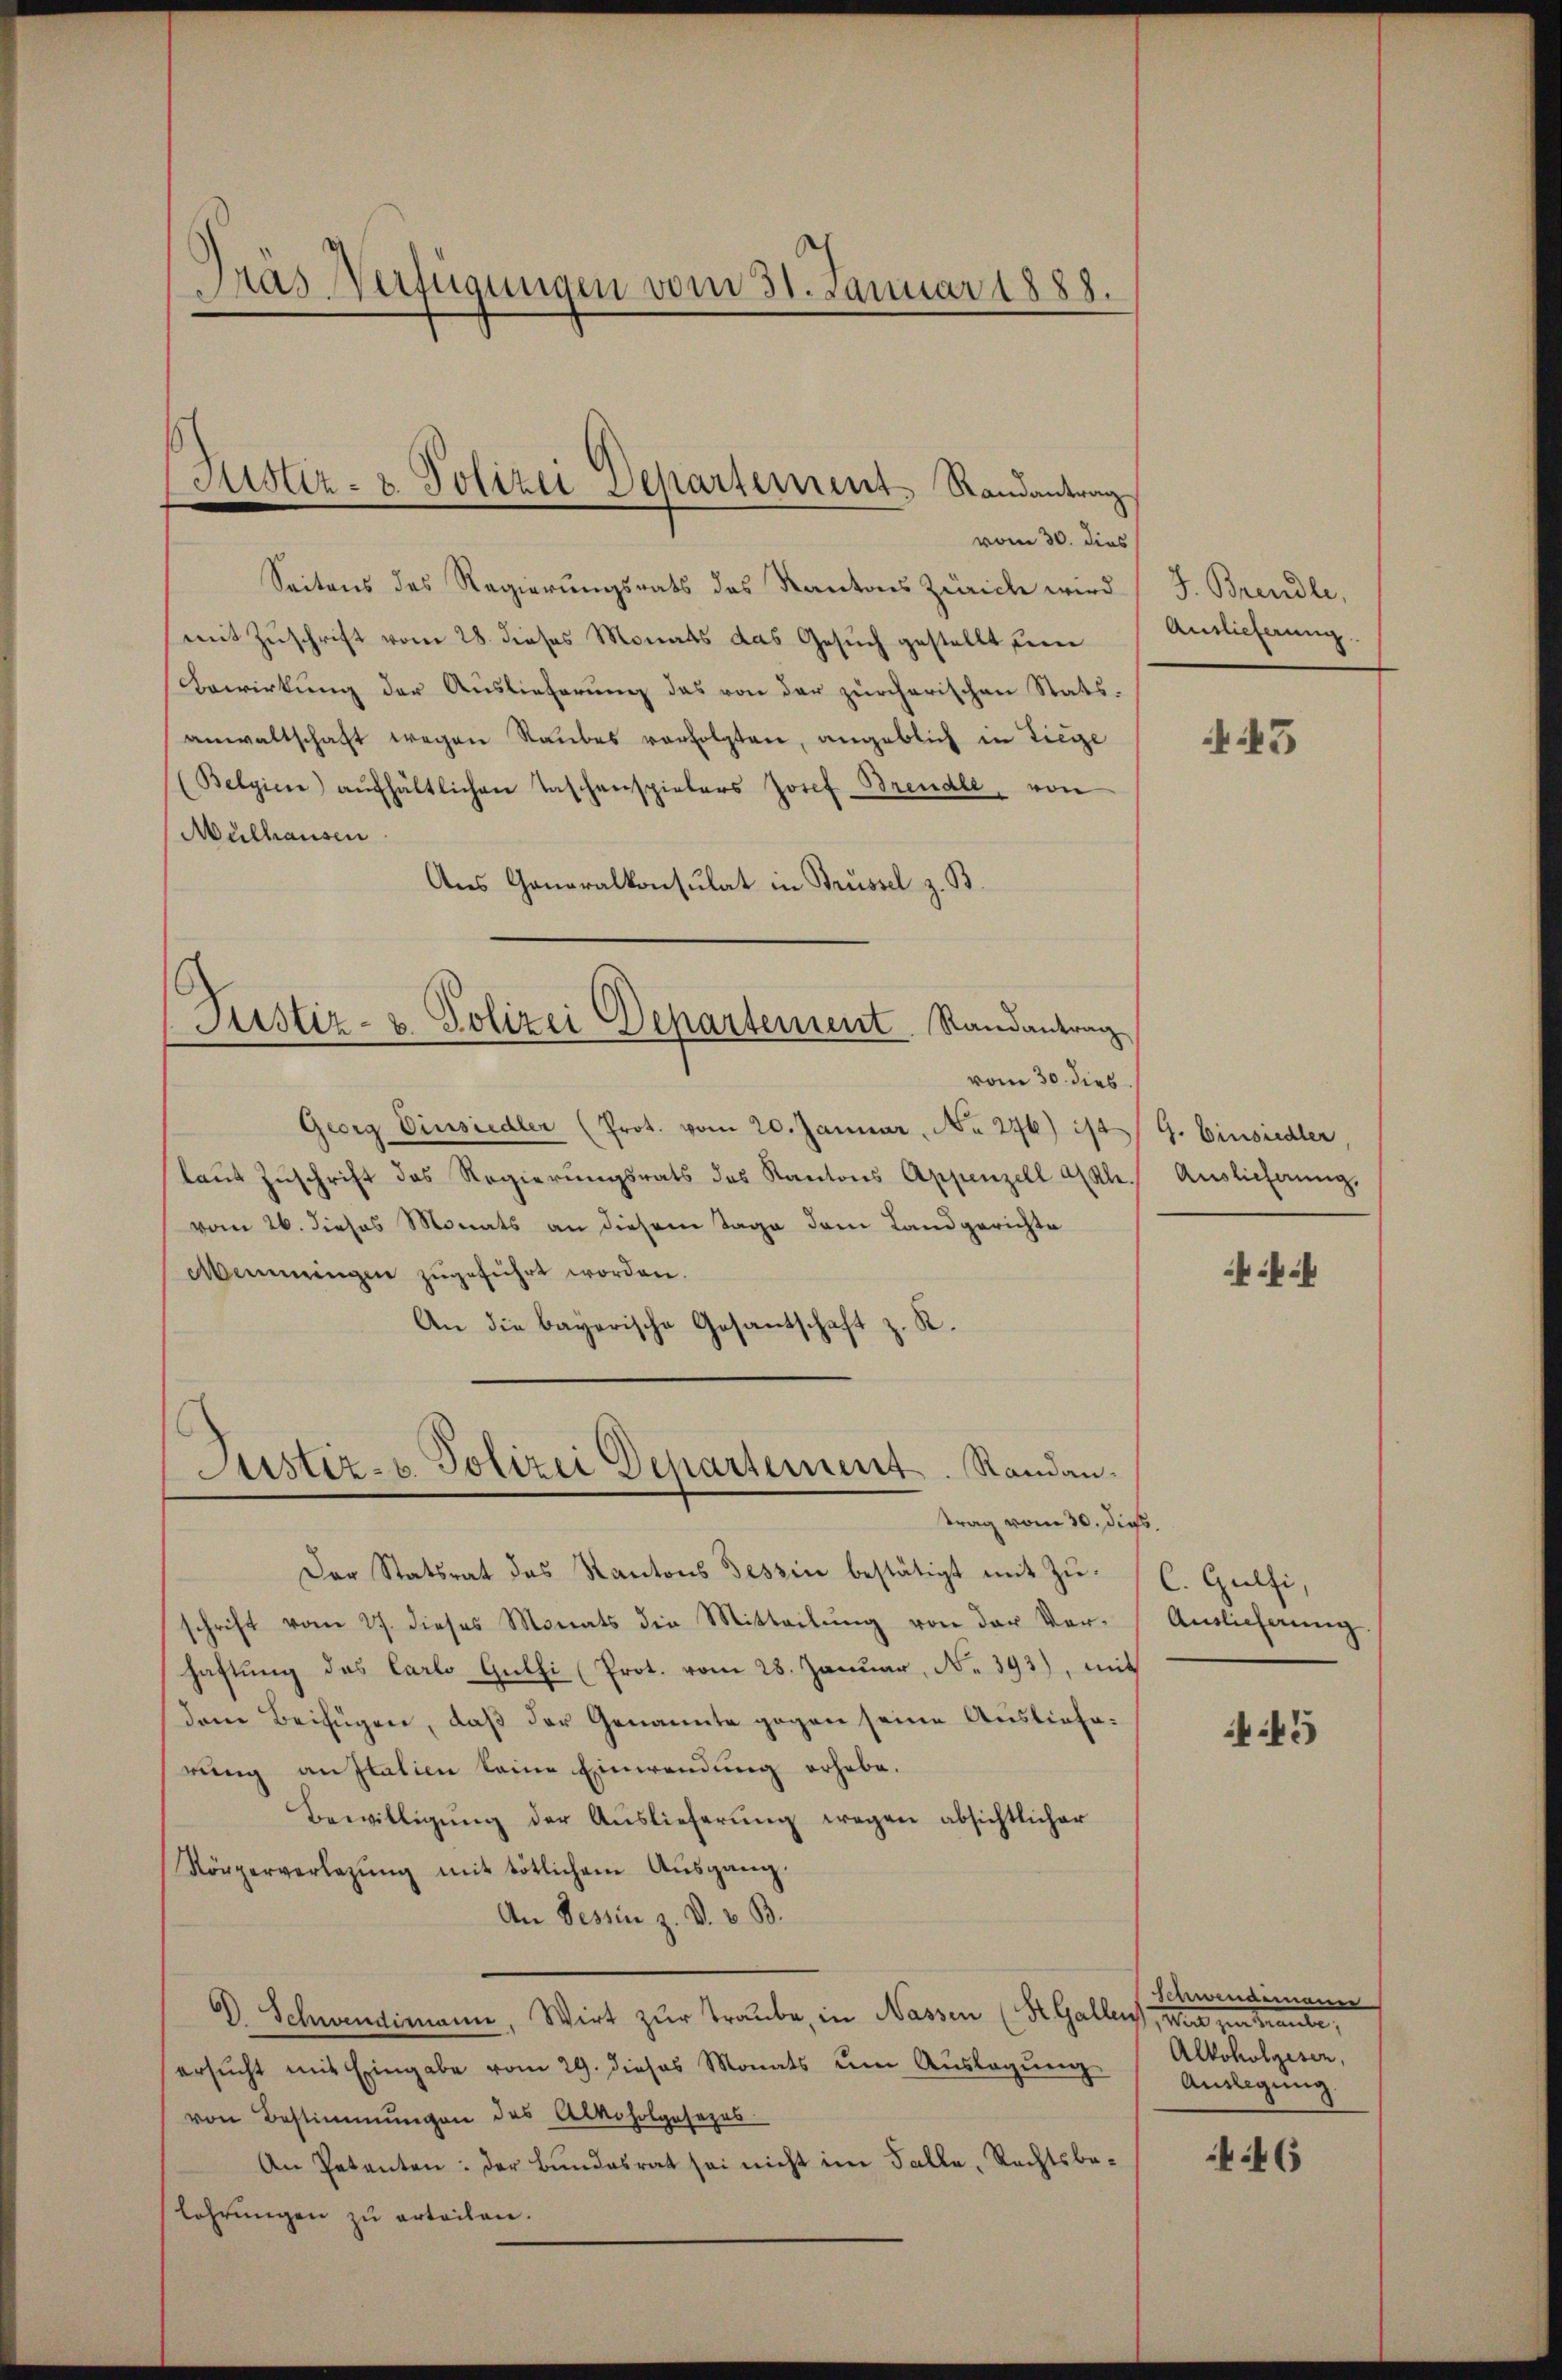
¬
Das Verfügungen vom 31. Januar 1888.

Seitens des Regierungsrats des Kantons Zürich wird
mit Zuschrift vom 28. dieses Monats das Gesuch gestellt sein
Bewirkung der Auslieferung das von der zürcherischen Statsanwaltschaft wegen Raubes verfolgten, angeblich in Liege
(Belgien aŭfhältlichen Taschenspielers Josef Brendle, von
Mülhausen
Aus Generalkonsulat in Brüssel z. B.
Justiz- u. Polizei Departement Randantrag
vom 30. dies
Georg Einsiedler (Prot. vom 20. Januar, No 276) ist G. Einsiedler
laut Zuschrift des Regierungsrats des Kantons Appenzell Akle. Auslieferung.
vom 26. dieses Monats an diesem Tage dem Landgerichte
Menningen zugeführt worden.
R.
An die bayerische Gesantschaft

Justiz- & Polizei Departement Randantrag
vom 30. dies

Justiz- & Polizei Departement. Standantrag vom 30. dies,

Der Statsrat das Kantons Tessin bestätigt mit Zŭ-
schrift vom 27. dieses Monats die Mitteilŭng von der Ver-
haftŭng des Carlo Gŭlhi (Prot. vom 28. Januar, N. 393), mit
deren Beifügen, daß der Genannte gegen seine Auslieferung anstalien keine Einwendung erhabe.
Bewilligŭng der Aŭslieferŭng wegen absichtlicher
Körperverlegŭng mit tötlichem Aŭsgang.
An Tessin z. V. v. B.
D. Schwendimann, Wirt zur Traube, in Nassen (St. Gallens, wir in Traute,
ersucht mit Eingabe vom 29. dieses Monats um Auslegung Alkoholgesen,
von Bestimmungen des Alkoholgesezes
An Petenten: der Bundesrat sei nicht im Falle, Rechtsbelehrungen zu erteilen.

J. Brandle,
Auslieferung.

45

ff

C. Gulfi,
Auslieferung.

:43

Schwendemanner
Auslegung.

46